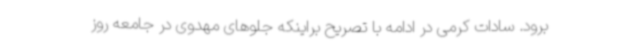
برود. سادات کرمی در ادامه با تصریح براینکه جلوهای مهدوی در جامعه روز